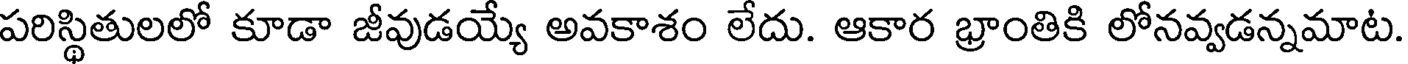
పరిస్థితులలో కూడా జీవుడయ్యే అవకాశం లేదు. ఆకార భ్రాంతికి లోనవ్వడన్నమాట